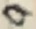
Text: 9